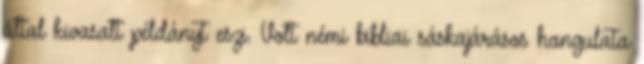
által kivasalt példányt eszi. Volt némi bibliai sáskajárásos hangulata